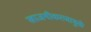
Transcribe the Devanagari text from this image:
खाजगीकरणामुळे